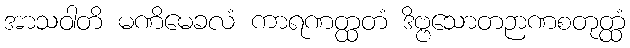
အာသဝါတိ မဏိမေခလံ ကာရဏတ္ထတံ ဒိဗ္ဗသောတဉာဏစတုတ္ထံ